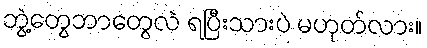
ဘွဲ့တွေဘာတွေလဲ ရပြီးသားပဲ မဟုတ်လား။